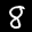
Label: 8